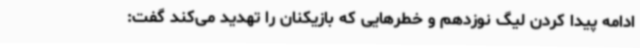
ادامه پیدا کردن لیگ نوزدهم و خطرهایی که بازیکنان را تهدید می‌کند گفت: